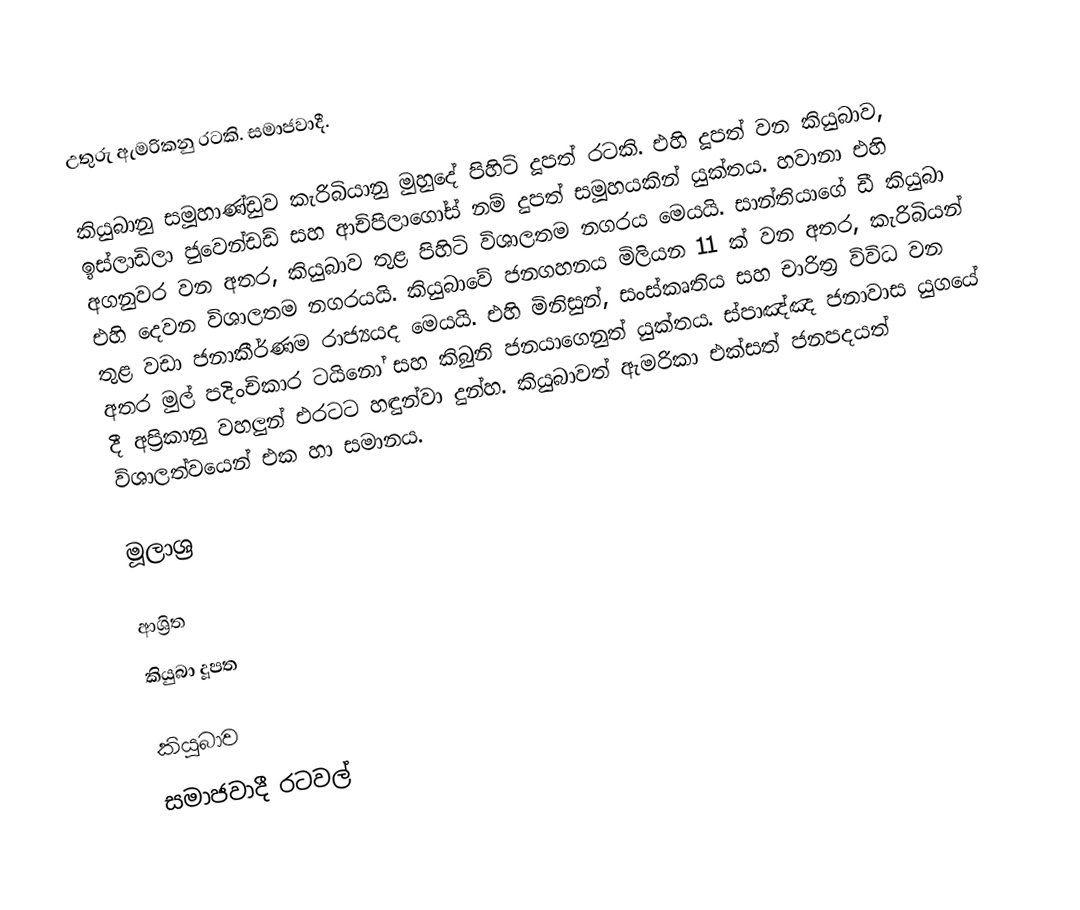
උතුරු ඇමරිකනු රටකි. සමාජවාදී.

කියුබානු සමූහාණ්ඩුව කැරිබියානු මුහුදේ පිහිටි දූපත් රටකි. එහි දූපත් වන කියුබාව, ඉස්ලාඩිලා ජුවෙන්ඩඩ් සහ ආචිපිලා‍ගෝස් නම් දුපත් සමූහයකින් යුක්තය. හවානා එහි අගනුවර වන අතර, කියුබාව තුළ පිහිටි විශාලතම නගරය මෙයයි. සාන්තියාගේ ඩී කියුබා එහි දෙවන විශාලතම නගරයයි. කියුබාවේ ජනගහනය මිලියන 11 ක් වන අතර, කැරිබියන් තුළ වඩා ජනාකීර්ණම රාජ්‍යයද මෙයයි. එහි මිනිසුන්, සංස්කෘතිය සහ චාරිත්‍ර විවිධ වන අතර මුල් පදිංචිකාර ටයිනෝ සහ කිබුනි ජනයාගෙනුත් යුක්තය. ස්පාඤ්ඤ ජනාවාස යුගයේ දී අප්‍රිකානු වහලුන් එරටට හඳුන්වා දුන්හ. කියුබාවත් ඇමරිකා එක්සත් ජනපදයත් විශාලත්වයෙන් එක හා සමානය.

මූලාශ්‍ර

ආශ්‍රිත
 කියුබා දූපත

කියුබාව
සමාජවාදී රටවල්